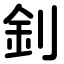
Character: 釗